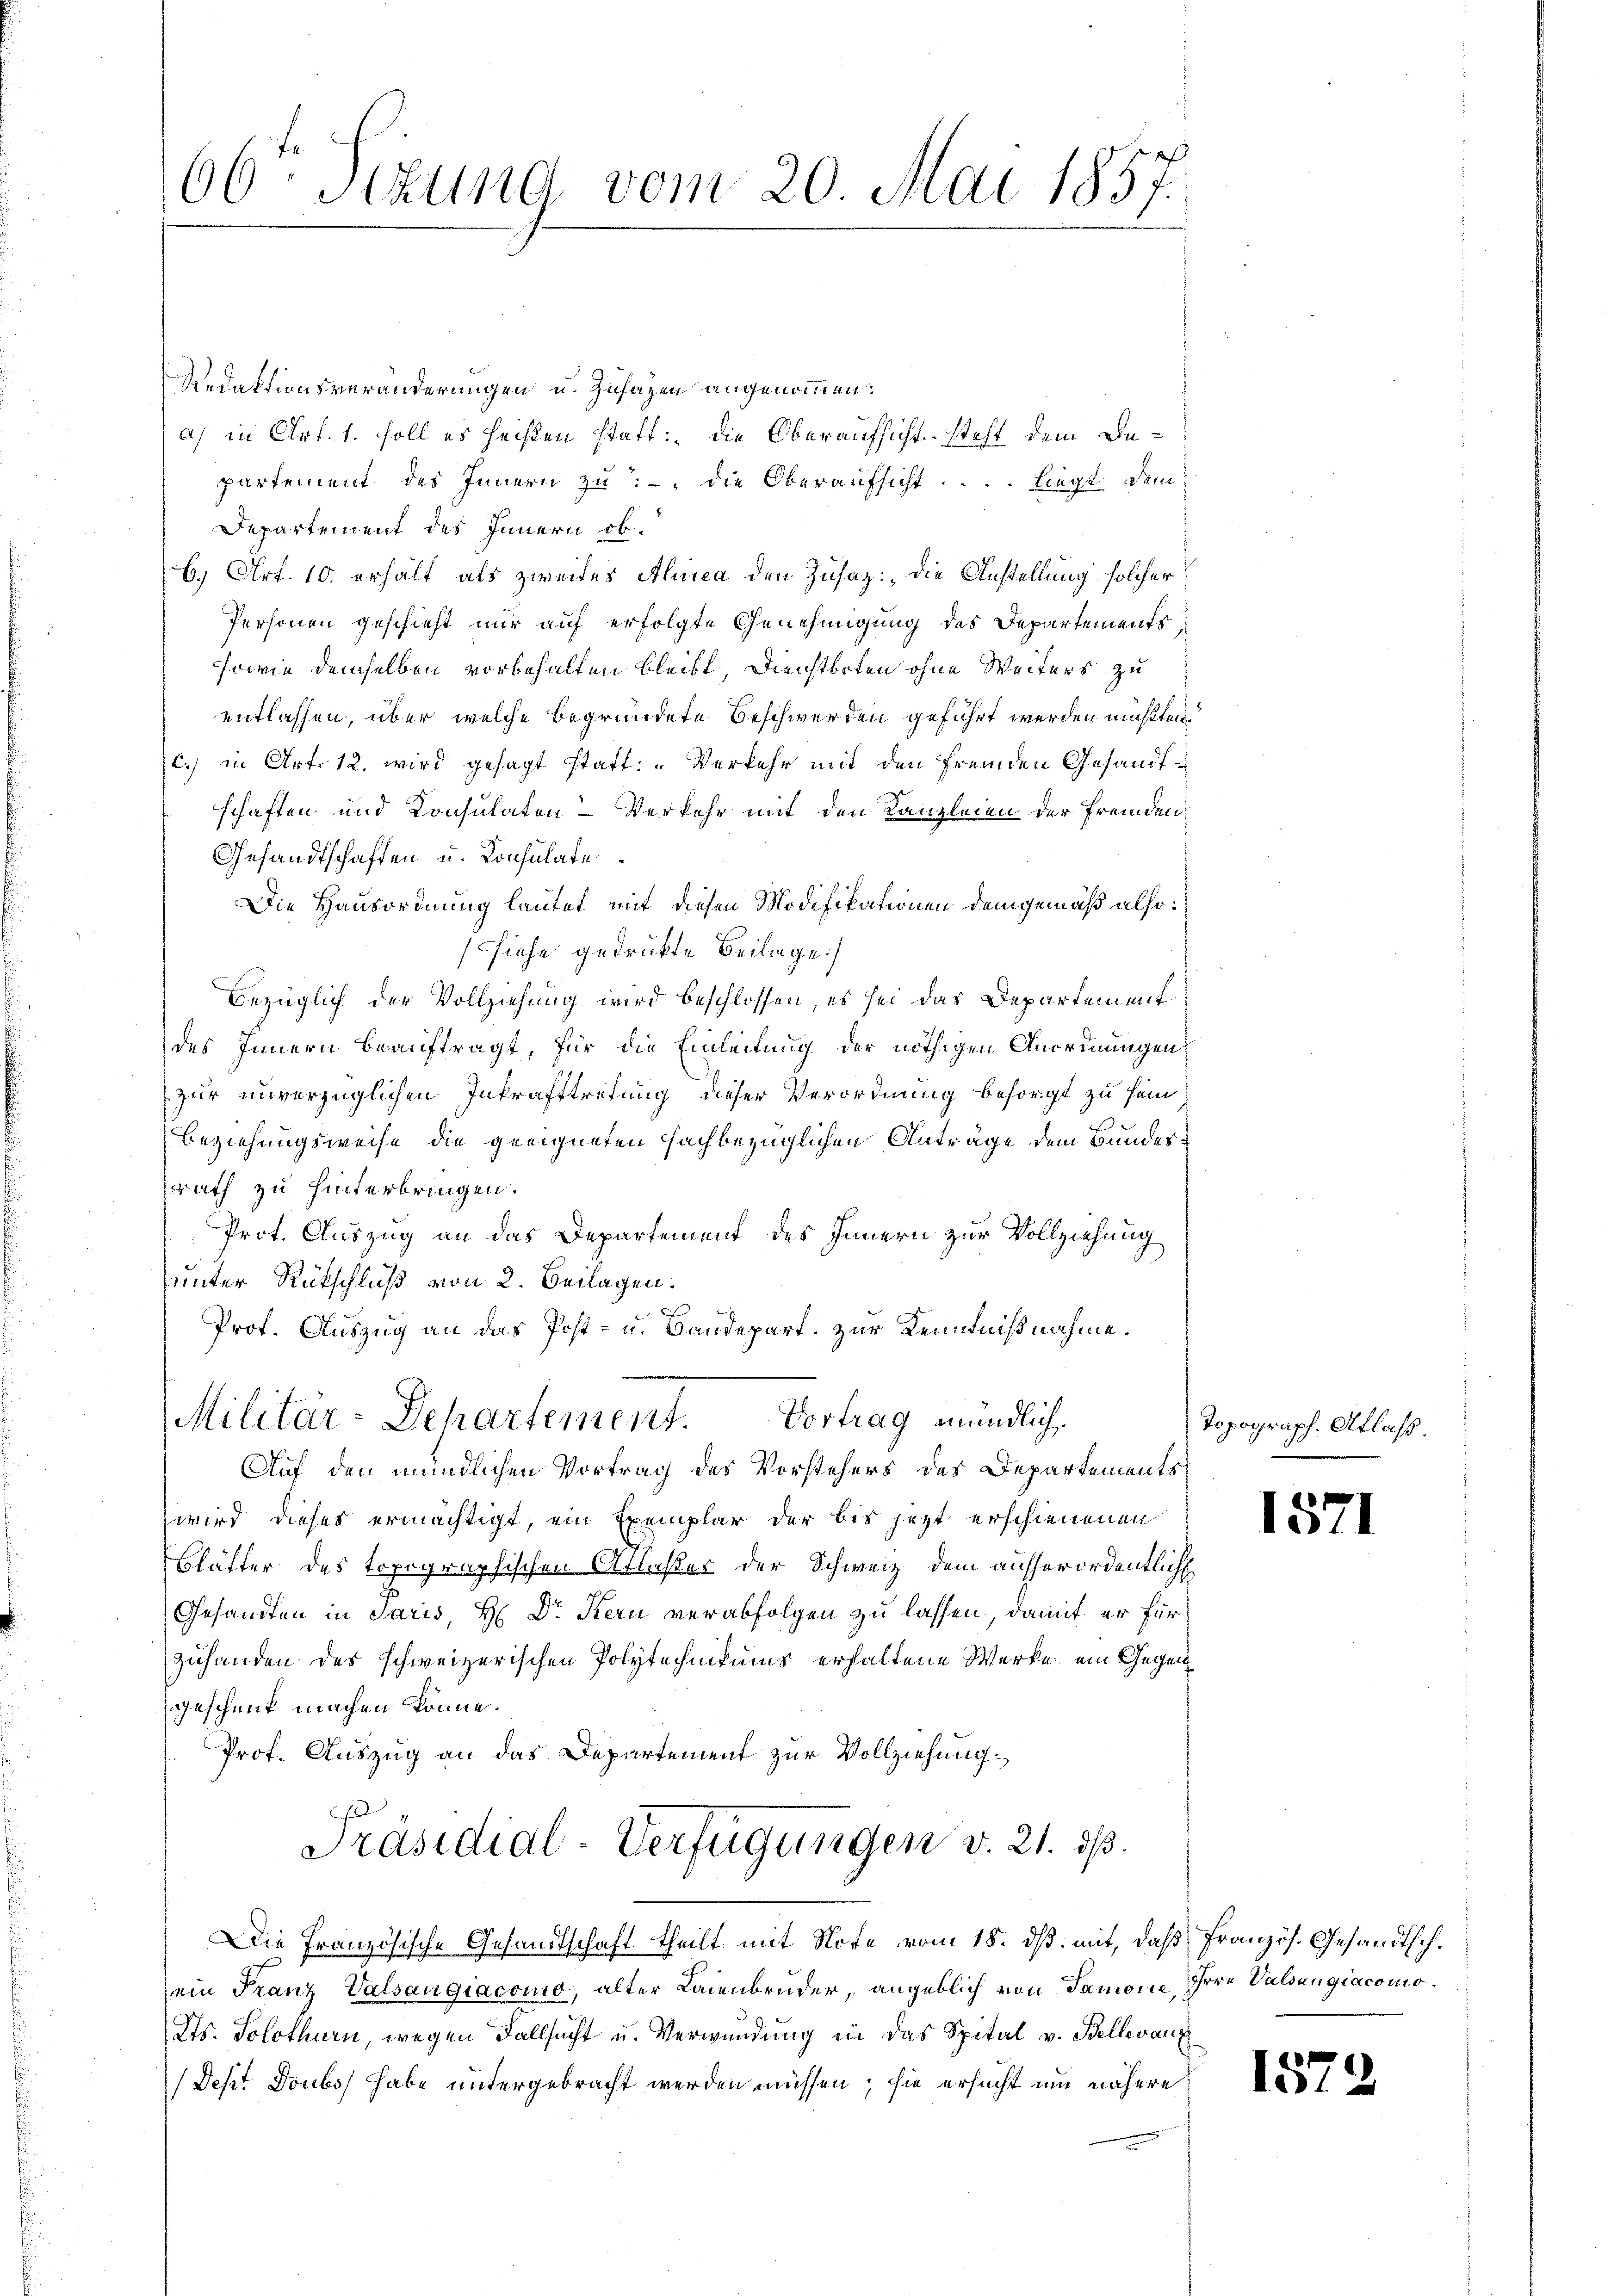
66ten Sizung vom 20. Mai 1857.

Redaktionsveränderungen u. Zusagen angenommen:
a) in Art. 1. soll es heißen statt: die Oberaufsicht steht dem Bepartement des Innern zu die Oberaufsicht ... liegt dem
Departement des Innern ob.
6.) Art. 10. erhält als zweites Alinea den Zusatz: „Die Anstellung solcher
Personen geschieht nur auf erfolgte Genehmigung des Departements
sowie demselben vorbehalten bleibt, Dienstboten ohne Weiters zu
entlassen, über welche begründete Beschwerden geführt werden müßten
c.) in Art. 12. wird gesagt statt: „Verkehr mit den fremden Gesandtschaften und Konsulaten-Verkehr mit den Kanzleien der fremden
Gesandtschaften u. Konsulate
Die Hausordnung lautet mit diesen Modifikationen demgemäß also:
siehe gedruckte Beilage)
Bezüglich der Vollziehung wird beschlossen, es sei das Departement
des Innern beauftragt, für die Einleitung der nöthigen Anordnungen
zur unverzüglichen Inkrafttretung dieser Verordnung besorgt zu sein
Beziehungsweise die geeigneten Fachbezüglichen Anträge dem Bundesrath zu hinterbringen.
Prot. Auszug an das Departement des Innern zur Vollziehung
sunter Rückschluß von 2. Beilagen.
Prof. Auszug an das Post- u. Bandepart. Zur Kenntnißnahme.
Militar-Departement. Vortrag mündlich.
Auf den mündlichen Vortrag des Vorstehers des Departements
wird dieses ermächtigt, ein Exemplar der bis jetzt erschienenen
Blätter des topographischen Atlaster der Schweiz, dem aufserordentlich
Gesandten in Paris, H. Dr Kern verabfolgen zu lassen, damit er für
zuhanden des schweizerischen Polytechnikums erhaltene Werke ein Gegengeschenk machen könne.
Prof. Auszug an das Departement zur Vollziehung
Präsidial-Verfügungen v. 21. ds.
Die Französische Gesandtschaft theilt mit Note vom 18. ds. mit, daß Französ. Gesandtsch.
sein Franz Valsangiacomo, alter Laienbruder, angeblich von Samone, Irre Valsangiacomo¬
Kts. Solothurn, wegen Fallsucht u. Verwendung in das Spital v. Bellevang
Dest doubs habe untergebracht werden müssen; sie ersucht um nähere

Topograph. Aflaß.

1571

1572